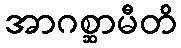
အာဂစ္ဆာမီတိ